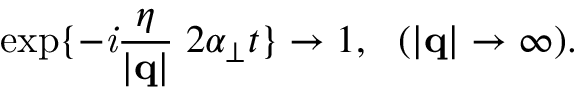
\exp \{ - { \it i } \frac { \eta } { | { \bf q } | } \; 2 \alpha _ { \perp } t \} \rightarrow 1 , ~ ~ ( | { \bf q } | \rightarrow \infty ) .